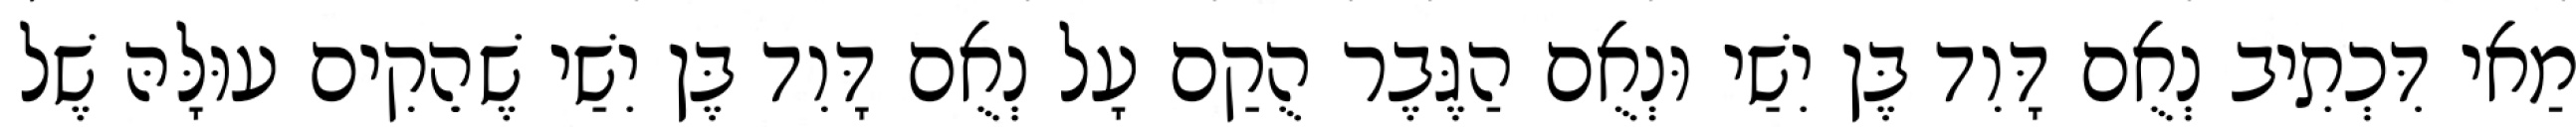
מַאי דִּכְתִיב נְאֻם דָּוִד בֶּן יִשַׁי וּנְאֻם הַגֶּבֶר הֻקַם עָל נְאֻם דָּוִד בֶּן יִשַׁי שֶׁהֵקִים עוּלָּהּ שֶׁל